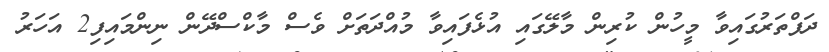
ދަފްތަރުގައިވާ މީހުން ކުރިން މާލޭގައި އުޅެފައިވާ މުއްދަތަށް ވެސް މާކްސްދޭން ނިންމައިފި2 އަހަރު